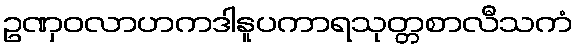
ဥဏှဝလာဟကဒါနူပကာရသုတ္တစာလီသကံ